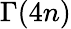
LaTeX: \Gamma(4n)